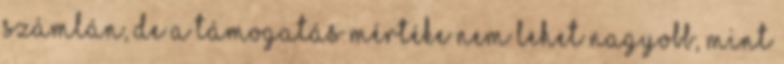
számlán, de a támogatás mértéke nem lehet nagyobb, mint